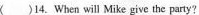
()14. When will Mike give the party?